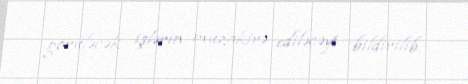
görüləcək işlərin müzakirə ediləcəyi bildirilib.